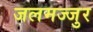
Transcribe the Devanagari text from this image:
जलमज्जुर